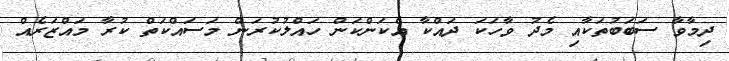
ދިމާވާ ސަބަބުތަކާއި މެދު ވާހަކަ ދައްކާ އެކަންކަން ހައްލުކުރަން މަސައްކަތް ކުރާ މައްޒަރެއް